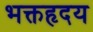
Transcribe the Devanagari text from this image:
भक्तहृदय